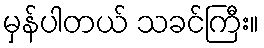
မှန်ပါတယ် သခင်ကြီး။